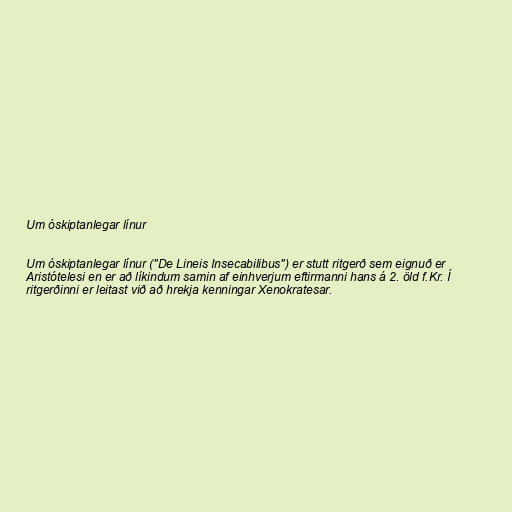
Um óskiptanlegar línur

Um óskiptanlegar línur ("De Lineis Insecabilibus") er stutt ritgerð sem eignuð er
Aristótelesi en er að líkindum samin af einhverjum eftirmanni hans á 2. öld f.Kr. Í
ritgerðinni er leitast við að hrekja kenningar Xenokratesar.